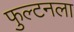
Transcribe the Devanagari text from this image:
फुल्टनला